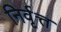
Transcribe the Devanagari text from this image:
निर्वृत्त